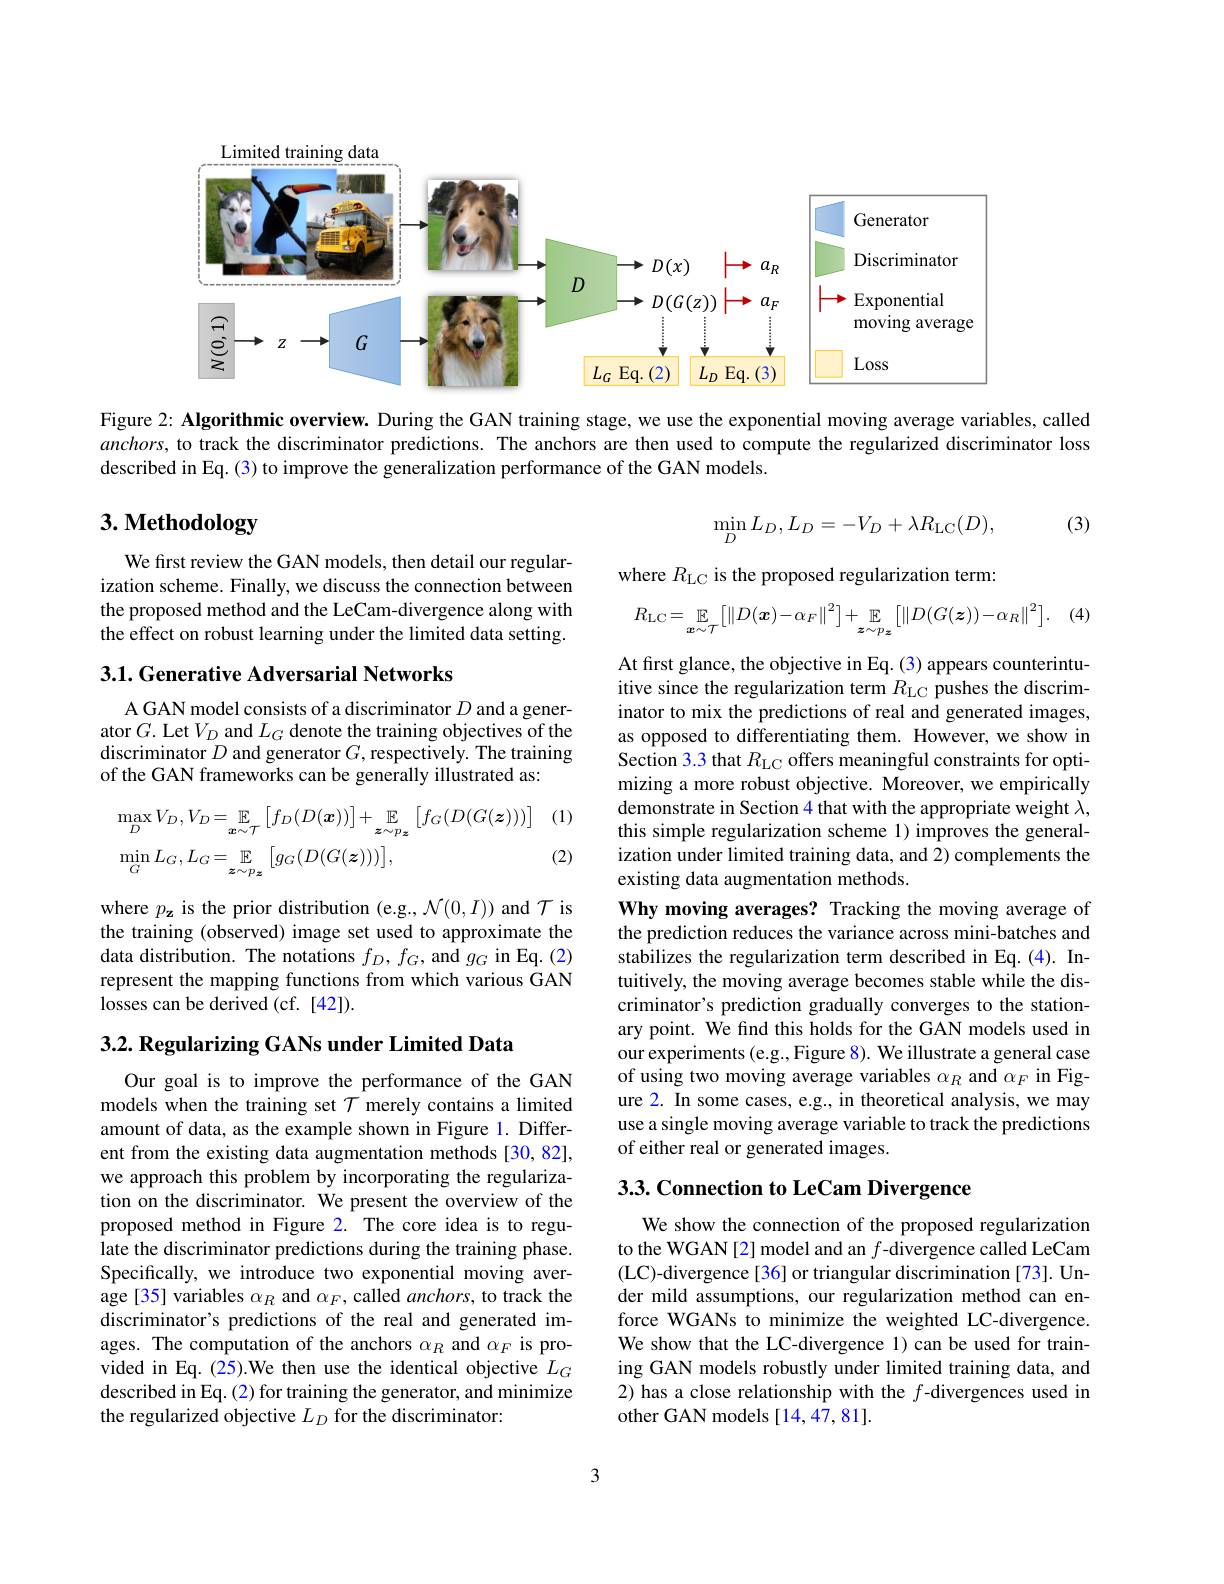
<FigureHere>

Figure 2: Algorithmic overview. During the GAN training stage, we use the exponential moving average variables, called anchors, to track the discriminator predictions. The anchors are then used to compute the regularized discriminator loss described in Eq.(3) to improve the generalization performance of the GAN models.

# 3. Methodology
$$\min_{D}L_{D},L_{D}=-V_{D}+\lambda R_{\mathrm{LC}}(D),$$
(3)

We first review the GAN models, then detail our regularization scheme. Finally, we discuss the connection between the proposed method and the LeCam-divergence along with the effect on robust learning under the limited data setting.

where $R_{\mathrm{LC}}$ is the proposed regularization term:
$\cdot$ (4)
$$R_{\mathrm{LC}}=\mathbb{E}_{\boldsymbol{x}\sim\mathcal{T}}\left[\left\|D(\boldsymbol{x})-\alpha_{F}\right\|^{2}\right]+\mathbb{E}_{\boldsymbol{z}\sim p_{\boldsymbol{z}}}\left[\left\|D(G(\boldsymbol{z}))-\alpha_{R}\right\|^{2}\right].$$
3.1. Generative Adversarial Networks

A GAN model consists of a discriminator $D$ and a generator $G.$ Let $V_D$ and $L_G$ denote the training objectives of the discriminator $D$ and generator $G$, respectively. The training of the GAN frameworks can be generally illustrated as:

(1)
$$\begin{aligned}&\max_{D}V_{D},V_{D}=\mathbb{E}_{\boldsymbol{x}\sim\mathcal{T}}\left[f_{D}(D(\boldsymbol{x}))\right]+\mathbb{E}_{\boldsymbol{z}\sim p_{\boldsymbol{z}}}\left[f_{G}(D(G(\boldsymbol{z})))\right]\\&\min_{G}L_{G},L_{G}=\mathbb{E}_{\boldsymbol{z}\sim p_{\boldsymbol{z}}}\left[g_{G}(D(G(\boldsymbol{z})))\right],\end{aligned}$$
(2)

At first glance, the objective in Eq. (3) appears counterintuitive since the regularization term $R_\mathrm{LC}$ pushes the discriminator to mix the predictions of real and generated images, as opposed to differentiating them. However, we show in Section 3.3 that $R_\mathrm{LC}$ offers meaningful constraints for optimizing a more robust objective. Moreover, we empirically demonstrate in Section 4 that with the appropriate weight $\lambda$, this simple regularization scheme 1) improves the generalization under limited training data, and 2) complements the existing data augmentation methods.
Why moving averages? Tracking the moving average of the prediction reduces the variance across mini-batches and stabilizes the regularization term described in Eq.(4). Intuitively, the moving average becomes stable while the discriminator's prediction gradually converges to the stationary point. We find this holds for the GAN models used in our experiments (e.g., Figure 8). We illustrate a general case of using two moving average variables $\alpha_R$ and $\alpha_F$ in Figure 2. In some cases, e.g., in theoretical analysis, we may use a single moving average variable to track the predictions of either real or generated images.

where $p_\mathbf{z}$ is the prior distribution (e.g., $\mathcal{N}(0,I))$ and $\mathcal{T}$ is the training (observed) image set used to approximate the data distribution. The notations $f_D,f_G$, and $g_G$ in Eq.(2) represent the mapping functions from which various GAN losses can be derived (cf. [42]).

$3. 2. \textbf{ Regularizing GANs under Limited Data}$

## 3.3. Connection to LeCam Divergence

Our goal is to improve the performance of the GAN models when the training set $\mathcal{T}$ merely contains a limited amount of data, as the example shown in Figure 1. Different from the existing data augmentation methods [30,82], we approach this problem by incorporating the regularization on the discriminator. We present the overview of the proposed method in Figure 2. The core idea is to regulate the discriminator predictions during the training phase. Specifically, we introduce two exponential moving average[35] variables $\alpha_R$ and $\alpha_F$, called $anchors$, to track the discriminator's predictions of the real and generated images. The computation of the anchors $\alpha_R$ and $\alpha_F$ is provided in Eq.(25).We then use the identical objective $L_G$ described in Eq. (2) for training the generator, and minimize the regularized objective $L_D$ for the discriminator:

We show the connection of the proposed regularization to the WGAN[2] model and an $f$-divergence called LeCam (LC)-divergence[36] or triangular discrimination[73]. Under mild assumptions, our regularization method can enforce WGANs to minimize the weighted LC-divergence. We show that the LC-divergence 1) can be used for training GAN models robustly under limited training data, and 2) has a close relationship with the $f$-divergences used in other GAN models [14,47,81].

3